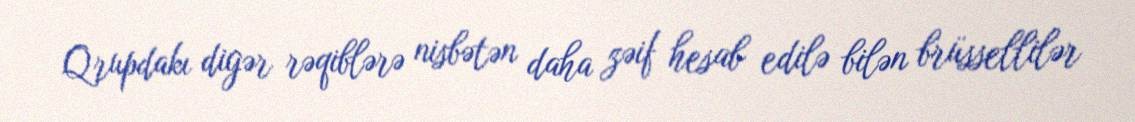
Qrupdakı digər rəqiblərə nisbətən daha zəif hesab edilə bilən brüssellilər